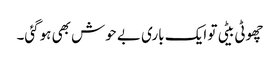
چھوٹی بیٹی تو ایک باری بے حوش بھی ہوگئی۔